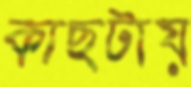
কাছটায়